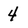
Character: 4